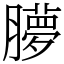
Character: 䑅